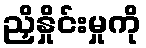
ညှိနှိုင်းမှုကို